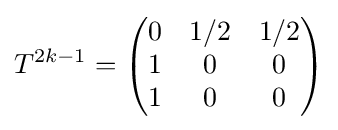
T^{2k-1}={\begin{pmatrix}0&1/2&1/2\\1&0&0\\1&0&0\\\end{pmatrix}}